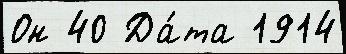
Он 40 Да́та 1914